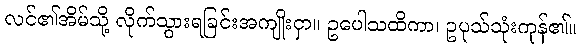
လင်၏အိမ်သို့ လိုက်သွားရခြင်းအကျိုးငှာ။ ဥပေါသထိကာ၊ ဥပုသ်သုံးကုန်၏။